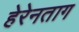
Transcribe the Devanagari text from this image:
हेरेनताग